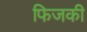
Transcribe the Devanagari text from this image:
फिजकी